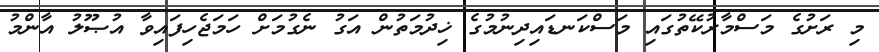
މި ރަށުގެ މަސްމާރުކޭތުގައި މަސްކަނޑައިދިނުމުގެ ޚިދުމަތުން އަގު ނެގުމަށް ހަމަޖެހިފައިވާ އުޞޫލު އާންމު